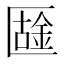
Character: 𠥟